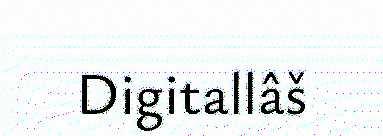
Digitallâš